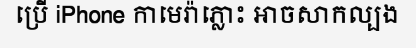
ប្រើ iPhone កាមេរ៉ាភ្លោះ អាចសាកល្បង